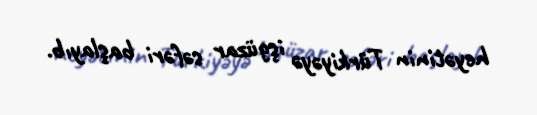
heyətinin Türkiyəyə işgüzar səfəri başlayıb.